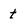
Character: t